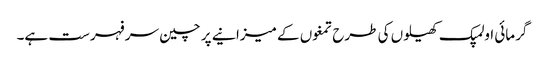
گرمائی اولمپک کھیلوں کی طرح تمغوں کے میزانیے پر چین سر فہرست ہے۔